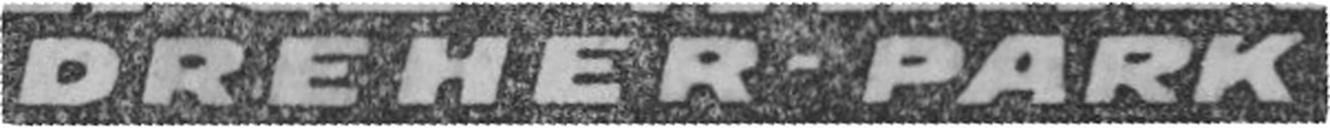
DREHER-PARK